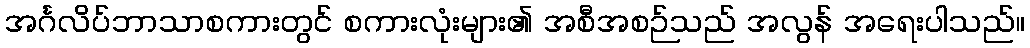
အင်္ဂလိပ်ဘာသာစကားတွင် စကားလုံးများ၏ အစီအစဉ်သည် အလွန် အရေးပါသည်။